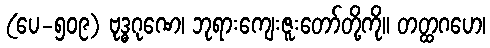
(ပေ-၅၀၉) ဗုဒ္ဓဂုဏေ၊ ဘုရားကျေးဇူးတော်တို့ကို။ တတ္ထဂဟေ၊